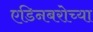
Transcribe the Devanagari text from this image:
एडिनबरोच्या